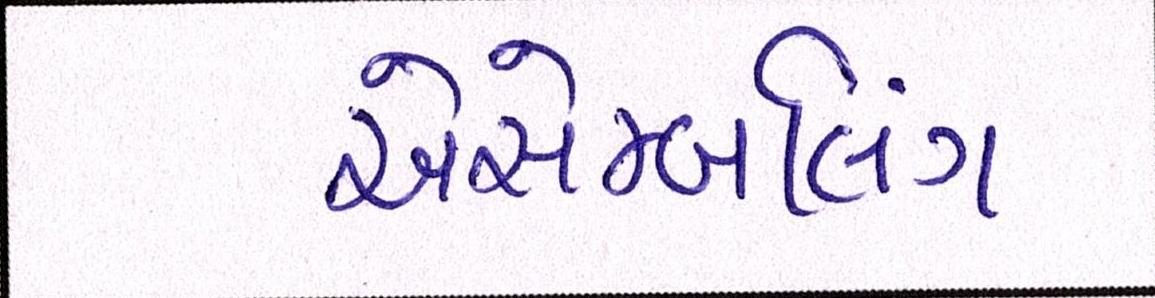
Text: એસેમ્બલિંગ